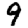
Digit: 9